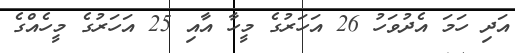
އަދި ހަމަ އެދުވަހު 26 އަހަރުގެ މީހާ އާއި 25 އަހަރުގެ މީހެއްގެ